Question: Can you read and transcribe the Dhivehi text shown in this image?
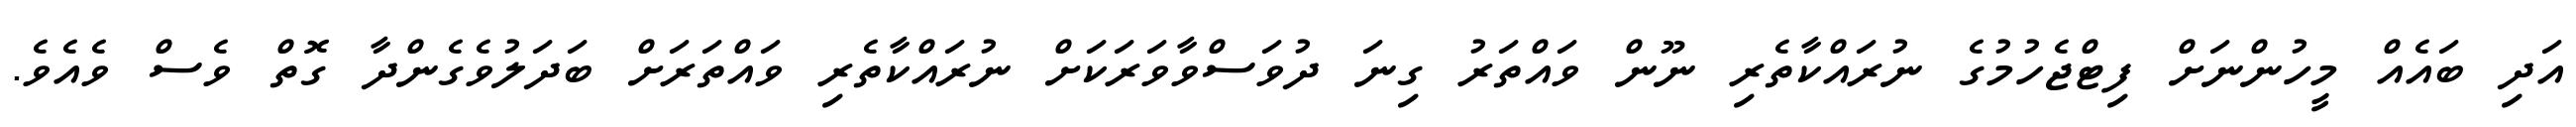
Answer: އަދި ބައެއް މީހުންނަށް ފިޓްޖެހުމުގެ ނުރައްކާތެރި ނޫން ވައްތަރު ގިނަ ދުވަސްވާވަރަކަށް ނުރައްކާތެރި ވައްތަރަށް ބަދަލުވެގެންދާ ގޮތް ވެސް ވެއެވެ.